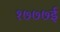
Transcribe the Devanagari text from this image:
१७७७ई